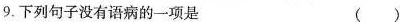
9.下列句子没有语病的一项是 ( )